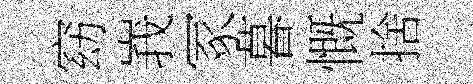
窈峩冢暮慨捨